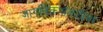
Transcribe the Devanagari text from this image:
जागतिकपातळीवर